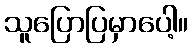
သူပြောပြမှာပေါ့။